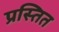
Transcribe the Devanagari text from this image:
प्रस्तित